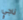
ناجي